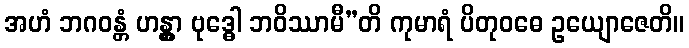
အဟံ ဘဂဝန္တံ ဟန္တွာ ဗုဒ္ဓေါ ဘဝိဿာမီ”တိ ကုမာရံ ပိတုဝဓေ ဥယျောဇေတိ။